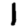
Digit: 1